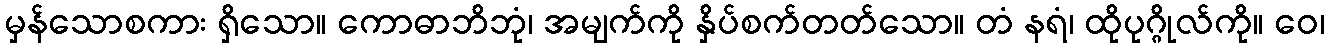
မှန်သောစကား ရှိသော။ ကောဓာဘိဘုံ၊ အမျက်ကို နှိပ်စက်တတ်သော။ တံ နရံ၊ ထိုပုဂ္ဂိုလ်ကို။ ဝေ၊